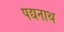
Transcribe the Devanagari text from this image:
पद्यनाथ